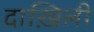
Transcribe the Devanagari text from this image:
दाख़िली